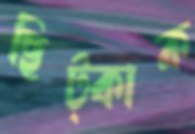
ছিট্‌কাক